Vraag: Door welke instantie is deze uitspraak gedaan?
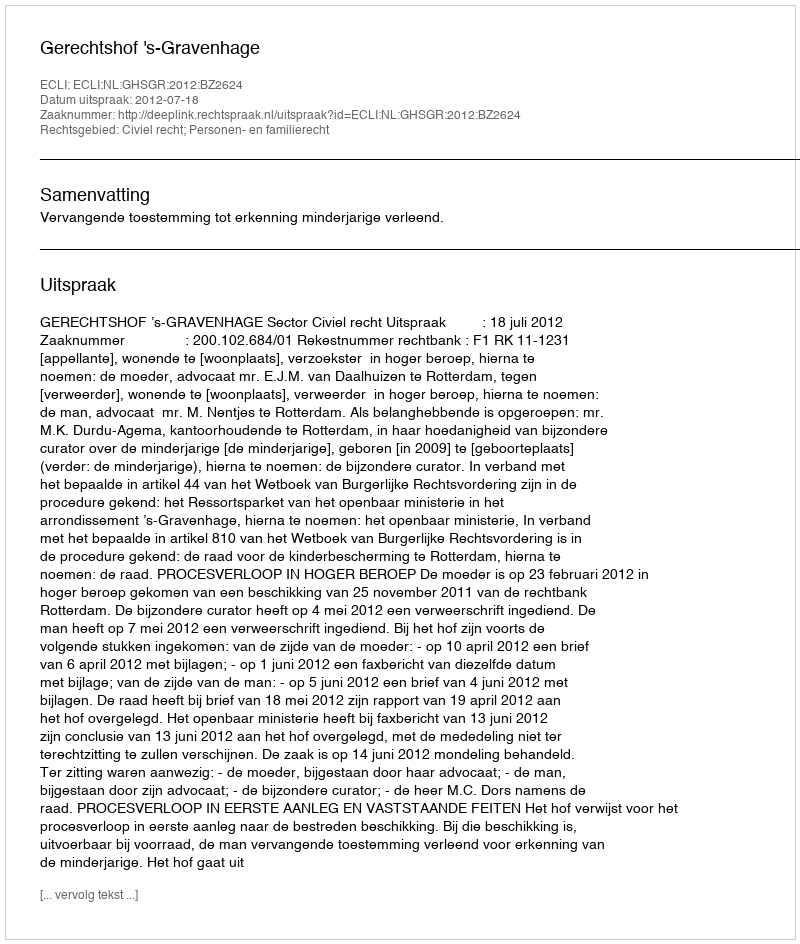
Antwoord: Gerechtshof 's-Gravenhage